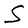
Character: S